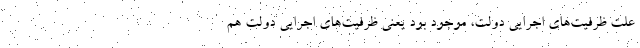
علت ظرفیت‌های اجرایی دولت، موجود بود یعنی ظرفیت‌های اجرایی دولت هم